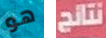
هو نتائج